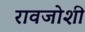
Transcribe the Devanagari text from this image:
रावजोशी